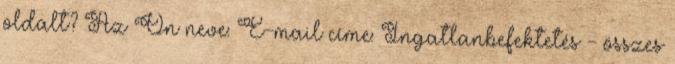
oldalt? Az Ön neve: E-mail címe: Ingatlanbefektetés - összes